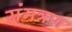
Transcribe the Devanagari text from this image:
संमत्रण